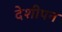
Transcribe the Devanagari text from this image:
देशीपन